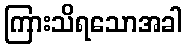
ကြားသိရသောအခါ